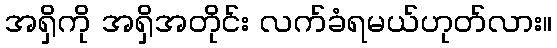
အရှိကို အရှိအတိုင်း လက်ခံရမယ်ဟုတ်လား။